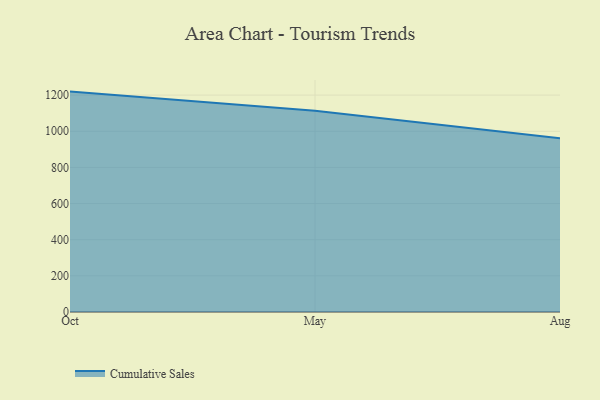
{"axis": {"x": "Month", "y": "Production Output"}, "legend": ["Cumulative Sales"], "data": [{"x": "Oct", "y": 1219.5, "type": "Cumulative Sales"}, {"x": "May", "y": 1113.0, "type": "Cumulative Sales"}, {"x": "Aug", "y": 961.0, "type": "Cumulative Sales"}]}